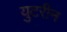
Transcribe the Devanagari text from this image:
युटरीन